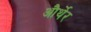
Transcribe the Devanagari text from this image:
और्थेर